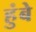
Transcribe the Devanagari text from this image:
हुंबे